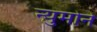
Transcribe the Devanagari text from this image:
न्युमोने